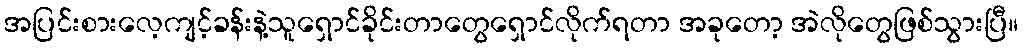
အပြင်းစားလေ့ကျင့်ခန်းနဲ့သူရှောင်ခိုင်းတာတွေရှောင်လိုက်ရတာ အခုတော့ အဲလိုတွေဖြစ်သွားပြီ။